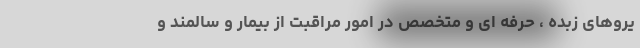
یروهای زبده ، حرفه ای و متخصص در امور مراقبت از بیمار و سالمند و